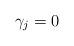
LaTeX: \begin{align*}\gamma_{j} = 0\end{align*}